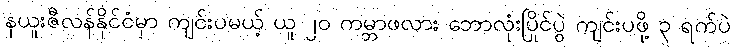
နယူးဇီလန်နိုင်ငံမှာ ကျင်းပမယ့် ယူ ၂၀ ကမ္ဘာဖလား ဘောလုံးပြိုင်ပွဲ ကျင်းပဖို့ ၃ ရက်ပဲ